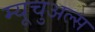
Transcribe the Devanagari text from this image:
म्यूचुअल्स